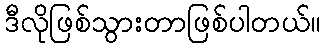
ဒီလိုဖြစ်သွားတာဖြစ်ပါတယ်။